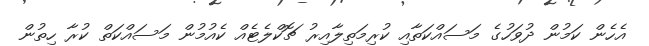
އެހެން ކަމުން ދުވަހުގެ މަސައްކަތާއި ކުރިމަތިލާއިރު ޗޮކްލެޓެއް ކެއުމުން މަސައްކަތް ކުރާ ހިތުން